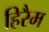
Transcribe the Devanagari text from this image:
हिरैम